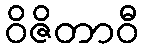
ဝိဇိတာဝီ